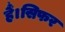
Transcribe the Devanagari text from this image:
हैं।सिफर